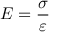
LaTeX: E = { \frac { \sigma } { \varepsilon } }